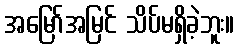
အမြော်အမြင် သိပ်မရှိခဲ့ဘူး။